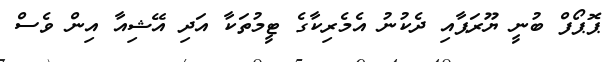
ޕޮޕޯފް ބުނީ ޔޫރަޕާއި ދެކުނު އެމެރިކާގެ ޓީމުތަކާ އަދި އޭޝިއާ އިން ވެސް